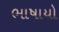
ભાષાયો